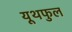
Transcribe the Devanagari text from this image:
यूथफुल